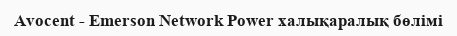
Avocent - Emerson Network Power халықаралық бөлімі